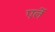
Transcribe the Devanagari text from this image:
एर्ले